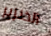
الخنزير